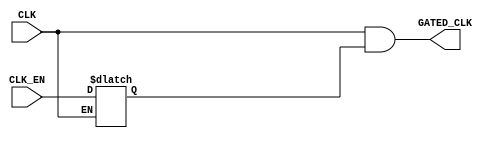
/********************************************************************************************/
/********************************************************************************************/
/**************************		Author: Alyaa Mohamed    **************************************/
/**************************		Module: CLK_GATE	       **************************************/
/********************************************************************************************/
/********************************************************************************************/

module CLK_GATE 
(
  input   wire      CLK_EN              ,
  input   wire      CLK                 ,

  output  wire      GATED_CLK
);

/********************************************************************************************/
/********************************************************************************************/

  reg               Latch_Out           ;

/********************************************************************************************/
/********************************************************************************************/

  always @(CLK or CLK_EN)
    begin
      if(!CLK)      

        Latch_Out <= CLK_EN             ;

    end

/********************************************************************************************/
/********************************************************************************************/

  assign  GATED_CLK = CLK && Latch_Out  ;

endmodule